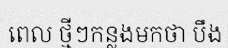
ពេល ថ្មីៗកន្លងមកថា បឹង